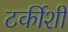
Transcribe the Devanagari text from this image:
टर्कीशी